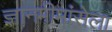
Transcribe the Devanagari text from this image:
ज्ञानमीमांसेला